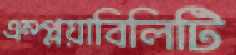
এম্প্লয়াবিলিটি